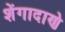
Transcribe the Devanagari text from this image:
शेंगादाणे